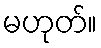
မဟုတ်။